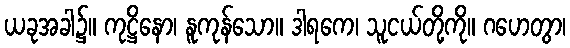
ယခုအခါ၌။ ကုဋ္ဌိနော၊ နူကုန်သော။ ဒါရကေ၊ သူငယ်တို့ကို။ ဂဟေတွာ၊